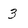
Character: 3